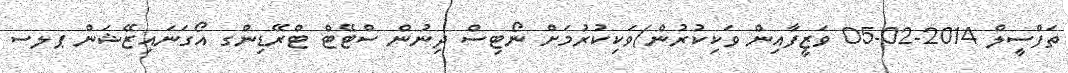
ތަފްސީލް 2014-02-05 ވަޒީފާއިން ވަކިކުރުން/ވަކިކުރުމަށް ނޯޓިސް ދިނުން ސްޓޭޓް ޓްރޭޑިންގ އޯގަނައިޒޭޝަން ޕލސ